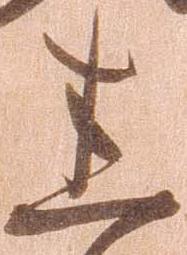
悉